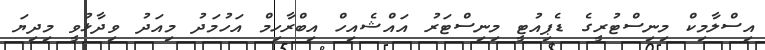
އިސްލާމިކް މިނިސްޓުރީގެ ޑެޕިއުޓީ މިނިސްޓަރު އައްޝެއިހް އިބްރާހިމް އަހުމަދު މިއަދު ވިދާޅުވީ މިދިޔަ